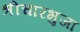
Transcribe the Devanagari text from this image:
श्रीचारभुजा